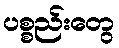
ပစ္စည်းတွေ